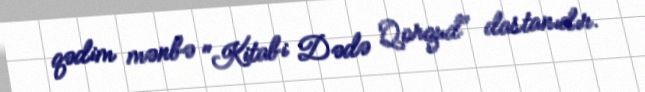
qədim mənbə "Kitabi Dədə Qorqud" dastanıdır.